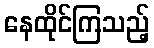
နေထိုင်ကြသည့်